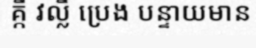
គ្កី វល្លិ៍ ប្រេង បន្ទាយមាន